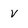
Character: v